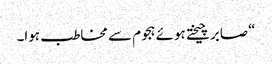
“صابر چیختے ہوئے ہجوم سے مخاطب ہوا۔